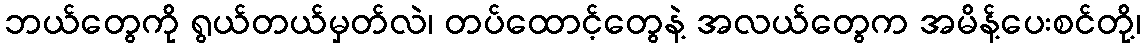
ဘယ်တွေကို ရွယ်တယ်မှတ်လဲ၊ တပ်ထောင့်တွေနဲ့ အလယ်တွေက အမိန့်ပေးစင်တို့၊